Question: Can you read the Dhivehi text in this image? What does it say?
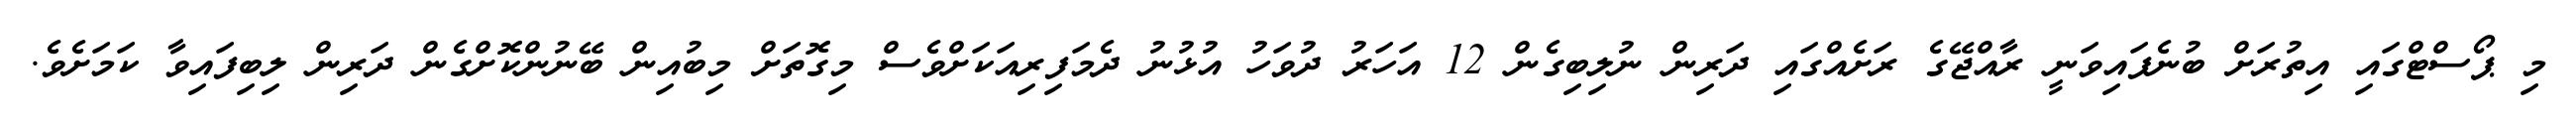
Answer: މި ޕޯސްޓްގައި އިތުރަށް ބުނެފައިވަނީ ރާއްޖޭގެ ރަށެއްގައި ދަރިން ނުލިބިގެން 12 އަހަރު ދުވަހު އުޅުނު ދެމަފިރިއަކަށްވެސް މިގޮތަށް މިބުއިން ބޭނުންކޮށްގެން ދަރިން ލިބިފައިވާ ކަމަށެވެ.